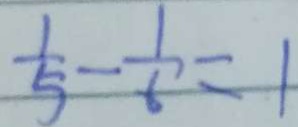
\frac { 1 } { 5 } - \frac { 1 } { 6 } = 1